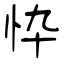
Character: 忰